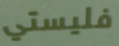
فليستي